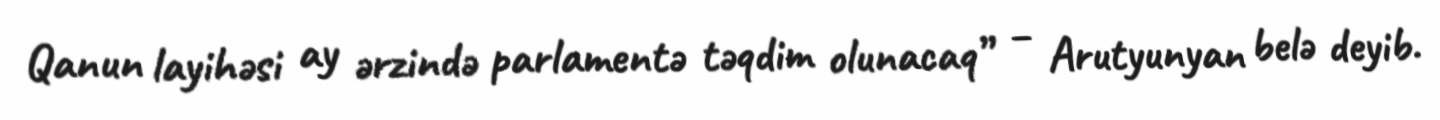
Qanun layihəsi ay ərzində parlamentə təqdim olunacaq” – Arutyunyan belə deyib.